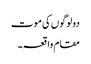
دولوگوں کی موت
مقام واقعہ ۔